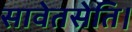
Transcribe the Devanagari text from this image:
सावेतसेति।